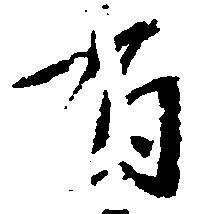
有